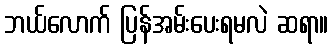
ဘယ်လောက် ပြန်အမ်းပေးရမလဲ ဆရာ။